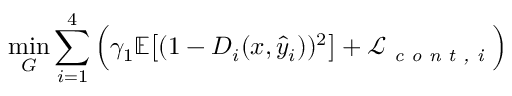
\operatorname* { m i n } _ { G } \sum _ { i = 1 } ^ { 4 } \Big ( \gamma _ { 1 } \mathbb { E } \big [ ( 1 - D _ { i } ( x , \hat { y } _ { i } ) ) ^ { 2 } \big ] + \mathcal { L } _ { \textit { c o n t , i } } \Big )